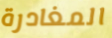
المغادرة